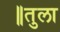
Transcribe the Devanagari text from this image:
॥तुला